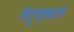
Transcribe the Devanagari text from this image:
मेरूपर्वताचे